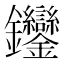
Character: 𨰼